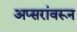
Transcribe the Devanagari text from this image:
अप्सरांवरून